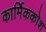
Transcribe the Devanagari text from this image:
कार्मिककोश